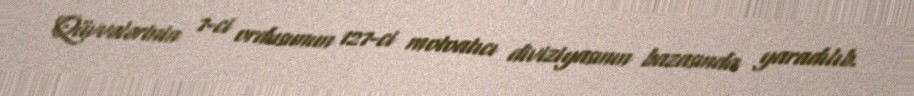
Qüvvələrinin 7-ci ordusunun 127-ci motoatıcı diviziyasının bazasında yaradılıb.